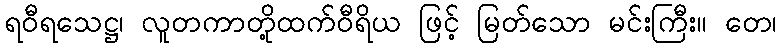
ရဝီရသေဋ္ဌ၊ လူတကာတို့ထက်ဝီရိယ ဖြင့် မြတ်သော မင်းကြီး။ တေ၊